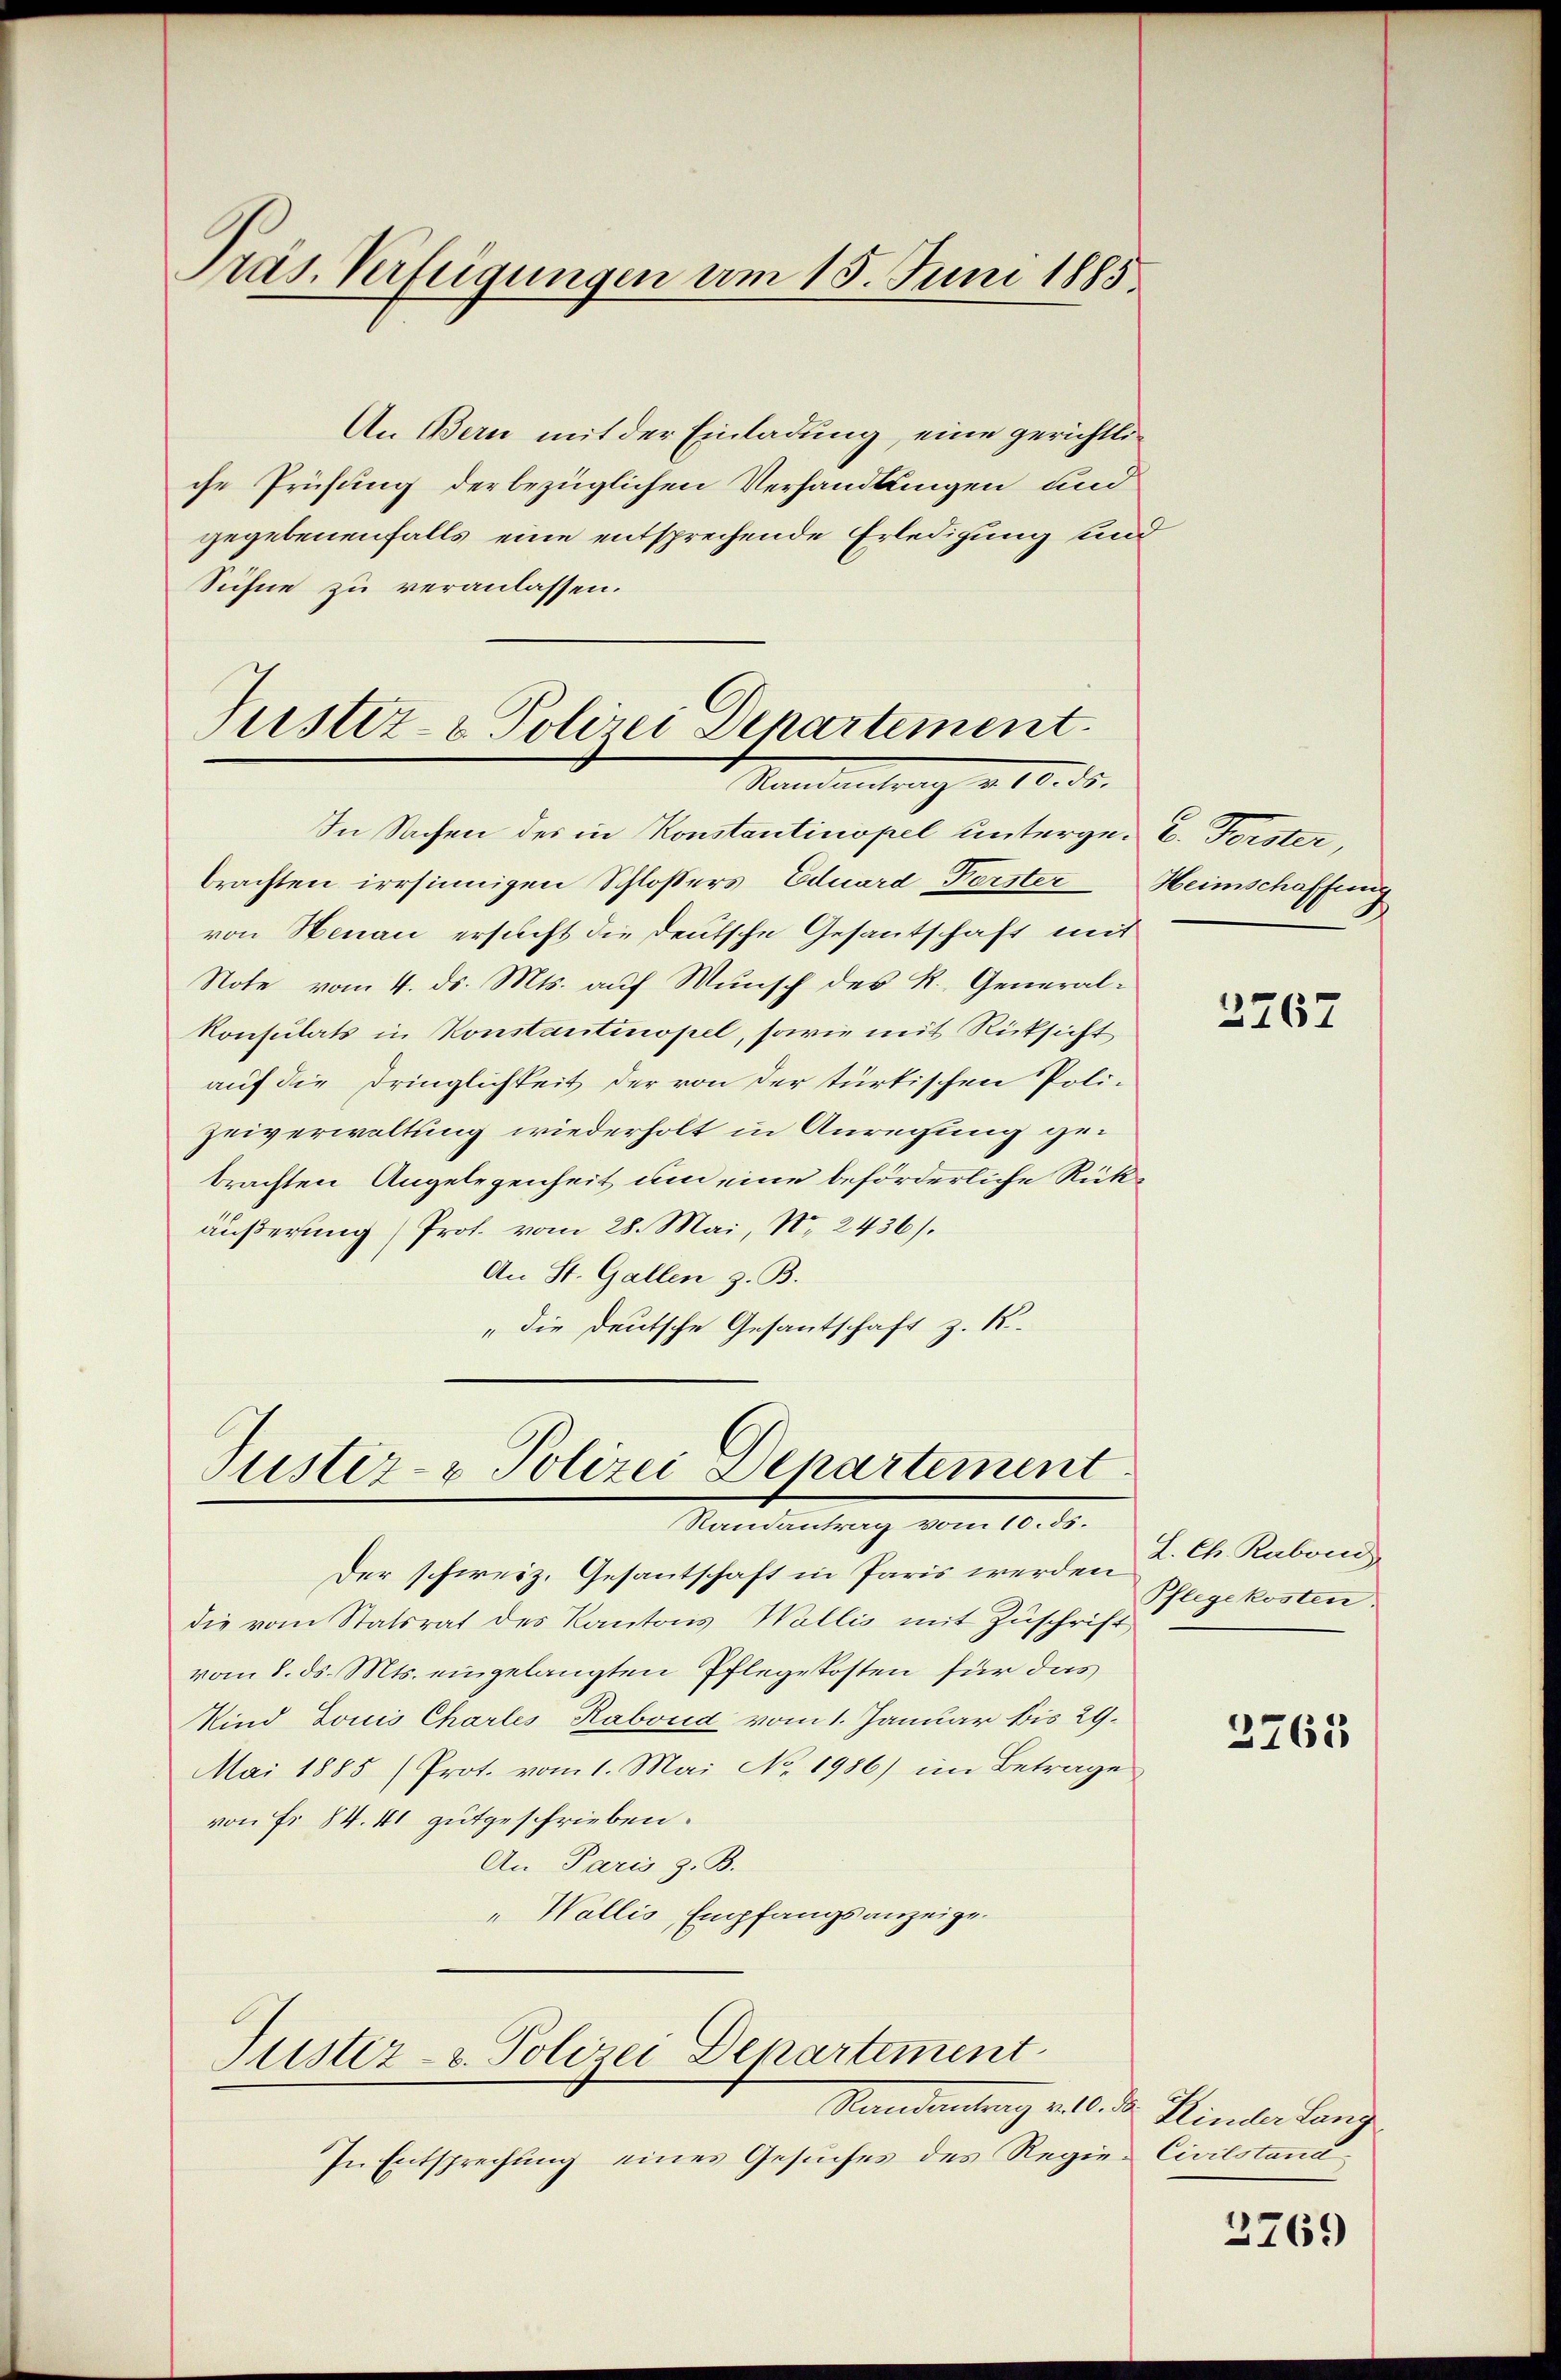
Pras. Verfügungen am 15. Juni 1885.

An Bern mit der Einladung, eine gerichtliche Prüfung derbezüglichen Verhandlungen und
gegebenenfalls eine entsprechende Erledigung und
Sichne zu veranlassen.

Justiz- & Polizei Departement.
Mandantrag v. 10. d.

In Sachen des in Konstantinopel unterge- E. Forster,
brachten irrsinnigen Schloßers Eduard Perster Heimschaffeng
von Henau ersucht die Deutsche Gesantschaft mit
Note vom 4. ds. Mts. auf Wunsch des R. General¬
Konsulats in Konstantinopel, sowie mit Rücksicht
auf die Dringlichkeit der von der türtischen Poli-
Zeiverwaltung wiederholt in Anregung gebrachten Angelegenheit um eine beförderliche Rückäußerung (Prof. vom 28. Mai, No. 2436).
An St. Gallen z. B.
"die deutsche Gesantschaft z. K.

Pustiz- & Polizei Departement
Randantrag vom 10. ds.

Der schweiz. Gesantschaft in Paris werden
die vom Statsrat des Kantons Wallis mit Zuschrift
vom 8. ds. Mts. eingelangten Pflegekosten für das
Kind Louis Chartes Rabond vom 1. Januar bis 29.
Mai 1885 (Prot. vom 1. Mai No 1986) im Betrage
von Fr. 84. 41 gutgeschrieben.
An Paris z. B.
" Wallis, Empfangsanzeige.

Suster- u. Polizei Departement
Mandantung geb.

In Entsprechung eines Gesuches des Regier Civilstand

2767

L. Ch. Raboni
Pflegekosten.

3765

Dr. Hinder Lang

2769